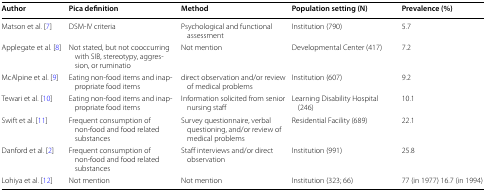
<table><thead><tr><td><b>Author</b></td><td><b>Pica definition</b></td><td><b>Method</b></td><td><b>Population setting (N)</b></td><td><b>Prevalence (%)</b></td></tr></thead><tbody><tr><td>Matson et al. [7]</td><td>DSM-IV criteria</td><td>Psychological and functional assessment</td><td>Institution (790)</td><td>5.7</td></tr><tr><td>Applegate et al. [8]</td><td>Not stated, but not cooccurring with SIB, stereotypy, aggression, or ruminatio</td><td>Not mention</td><td>Developmental Center (417)</td><td>7.2</td></tr><tr><td>McAlpine et al. [9]</td><td>Eating non-food items and inappropriate food items</td><td>direct observation and/or review of medical problems</td><td>Institution (607)</td><td>9.2</td></tr><tr><td>Tewari et al. [10]</td><td>Eating non-food items and inappropriate food items</td><td>Information solicited from senior nursing staff</td><td>Learning Disability Hospital (246)</td><td>10.1</td></tr><tr><td>Swift et al. [11]</td><td>Frequent consumption of non-food and food related substances</td><td>Survey questionnaire, verbal questioning, and/or review of medical problems</td><td>Residential Facility (689)</td><td>22.1</td></tr><tr><td>Danford et al. [2]</td><td>Frequent consumption of non-food and food related substances</td><td>Staff interviews and/or direct observation</td><td>Institution (991)</td><td>25.8</td></tr><tr><td>Lohiya et al. [12]</td><td>Not mention</td><td>Not mention</td><td>Institution (323; 66)</td><td>77 (in 1977) 16.7 (in 1994)</td></tr></tbody></table>